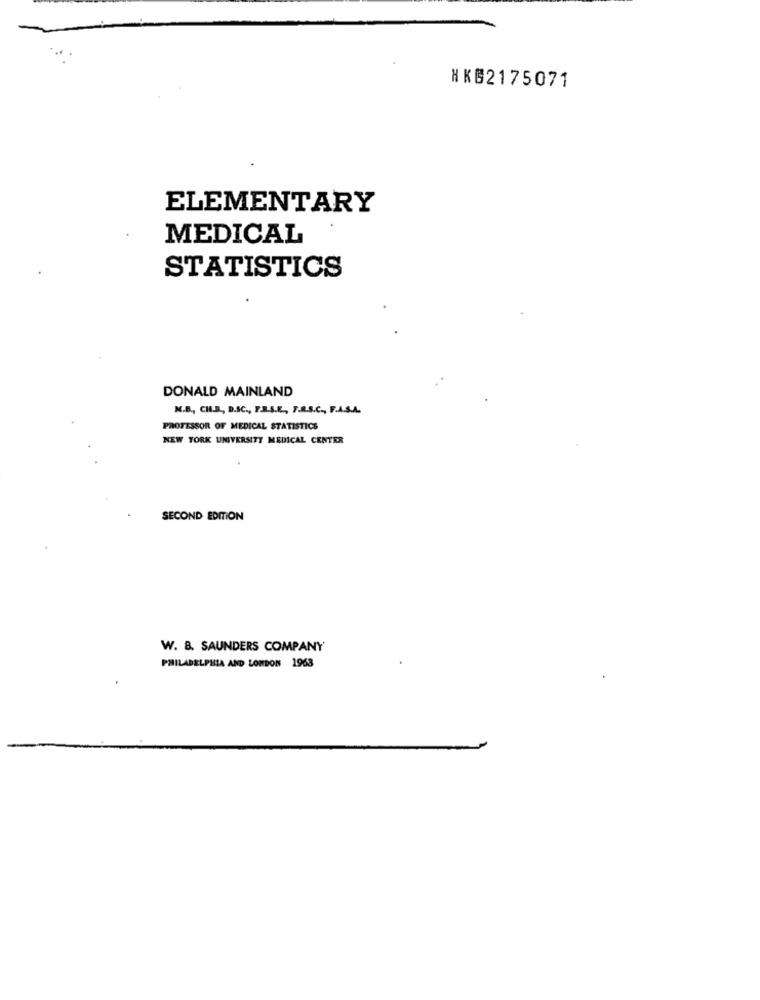
NKG2175071
ELEMENTARY
MEDICAL
STATISTICS
DONALD MAINLAND
M.B ., CH.B ., D.SC ., F.R.S.E .,, F.R.S.C ., F.A.S.A.
PROFESSOR OF MEDICAL STATISTICS
NEW YORK UNIVERSITY MEDICAL CENTER
SECOND EDITION
W. B. SAUNDERS COMPANY
PHILADELPHIA AND LONDON 1963